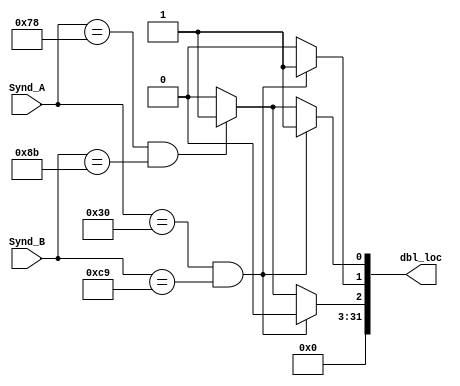
module Decode_dbl(
    input [6:0] Synd_A,
    input [7:0] Synd_B,
    output reg [31:0] dbl_loc 

);

always @(*)
     begin
     dbl_loc=0;
     
     if (Synd_A==48 && Synd_B==201)
        begin
        dbl_loc[0]=1;
        dbl_loc[1]=1;
        end 
     else if (Synd_A==120 && Synd_B==139)
        begin
        dbl_loc[0]=1;
        dbl_loc[2]=1;
        end   
     
     end
endmodule